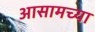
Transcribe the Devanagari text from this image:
अासामच्या